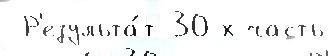
 Р'езульта́т 30-х часть